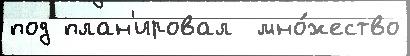
под план'ировал  мно́жество